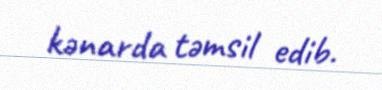
kənarda təmsil edib.